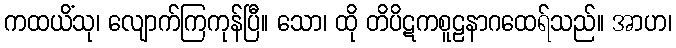
ကထယိံသု၊ လျောက်ကြကုန်ပြီ။ သော၊ ထို တိပိဋကစူဠနာဂထေရ်သည်။ အာဟ၊